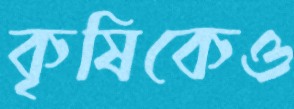
কৃষিকেও